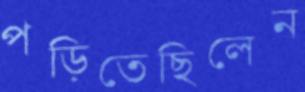
পড়িতেছিলেন